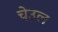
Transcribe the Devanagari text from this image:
चेउल